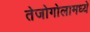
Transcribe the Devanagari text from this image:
तेजोगोलामध्ये